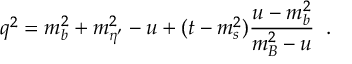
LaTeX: q ^ { 2 } = m _ { b } ^ { 2 } + m _ { \eta ^ { \prime } } ^ { 2 } - u + ( t - m _ { s } ^ { 2 } ) \frac { u - m _ { b } ^ { 2 } } { m _ { B } ^ { 2 } - u } \; \; .